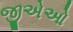
જીએઓ